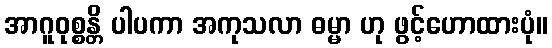
အာဂူဝုစ္စန္တိ ပါပကာ အကုသလာ ဓမ္မာ ဟု ဖွင့်ဟောထားပုံ။